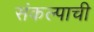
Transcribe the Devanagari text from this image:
संकल्पाची